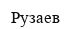
Рузаев